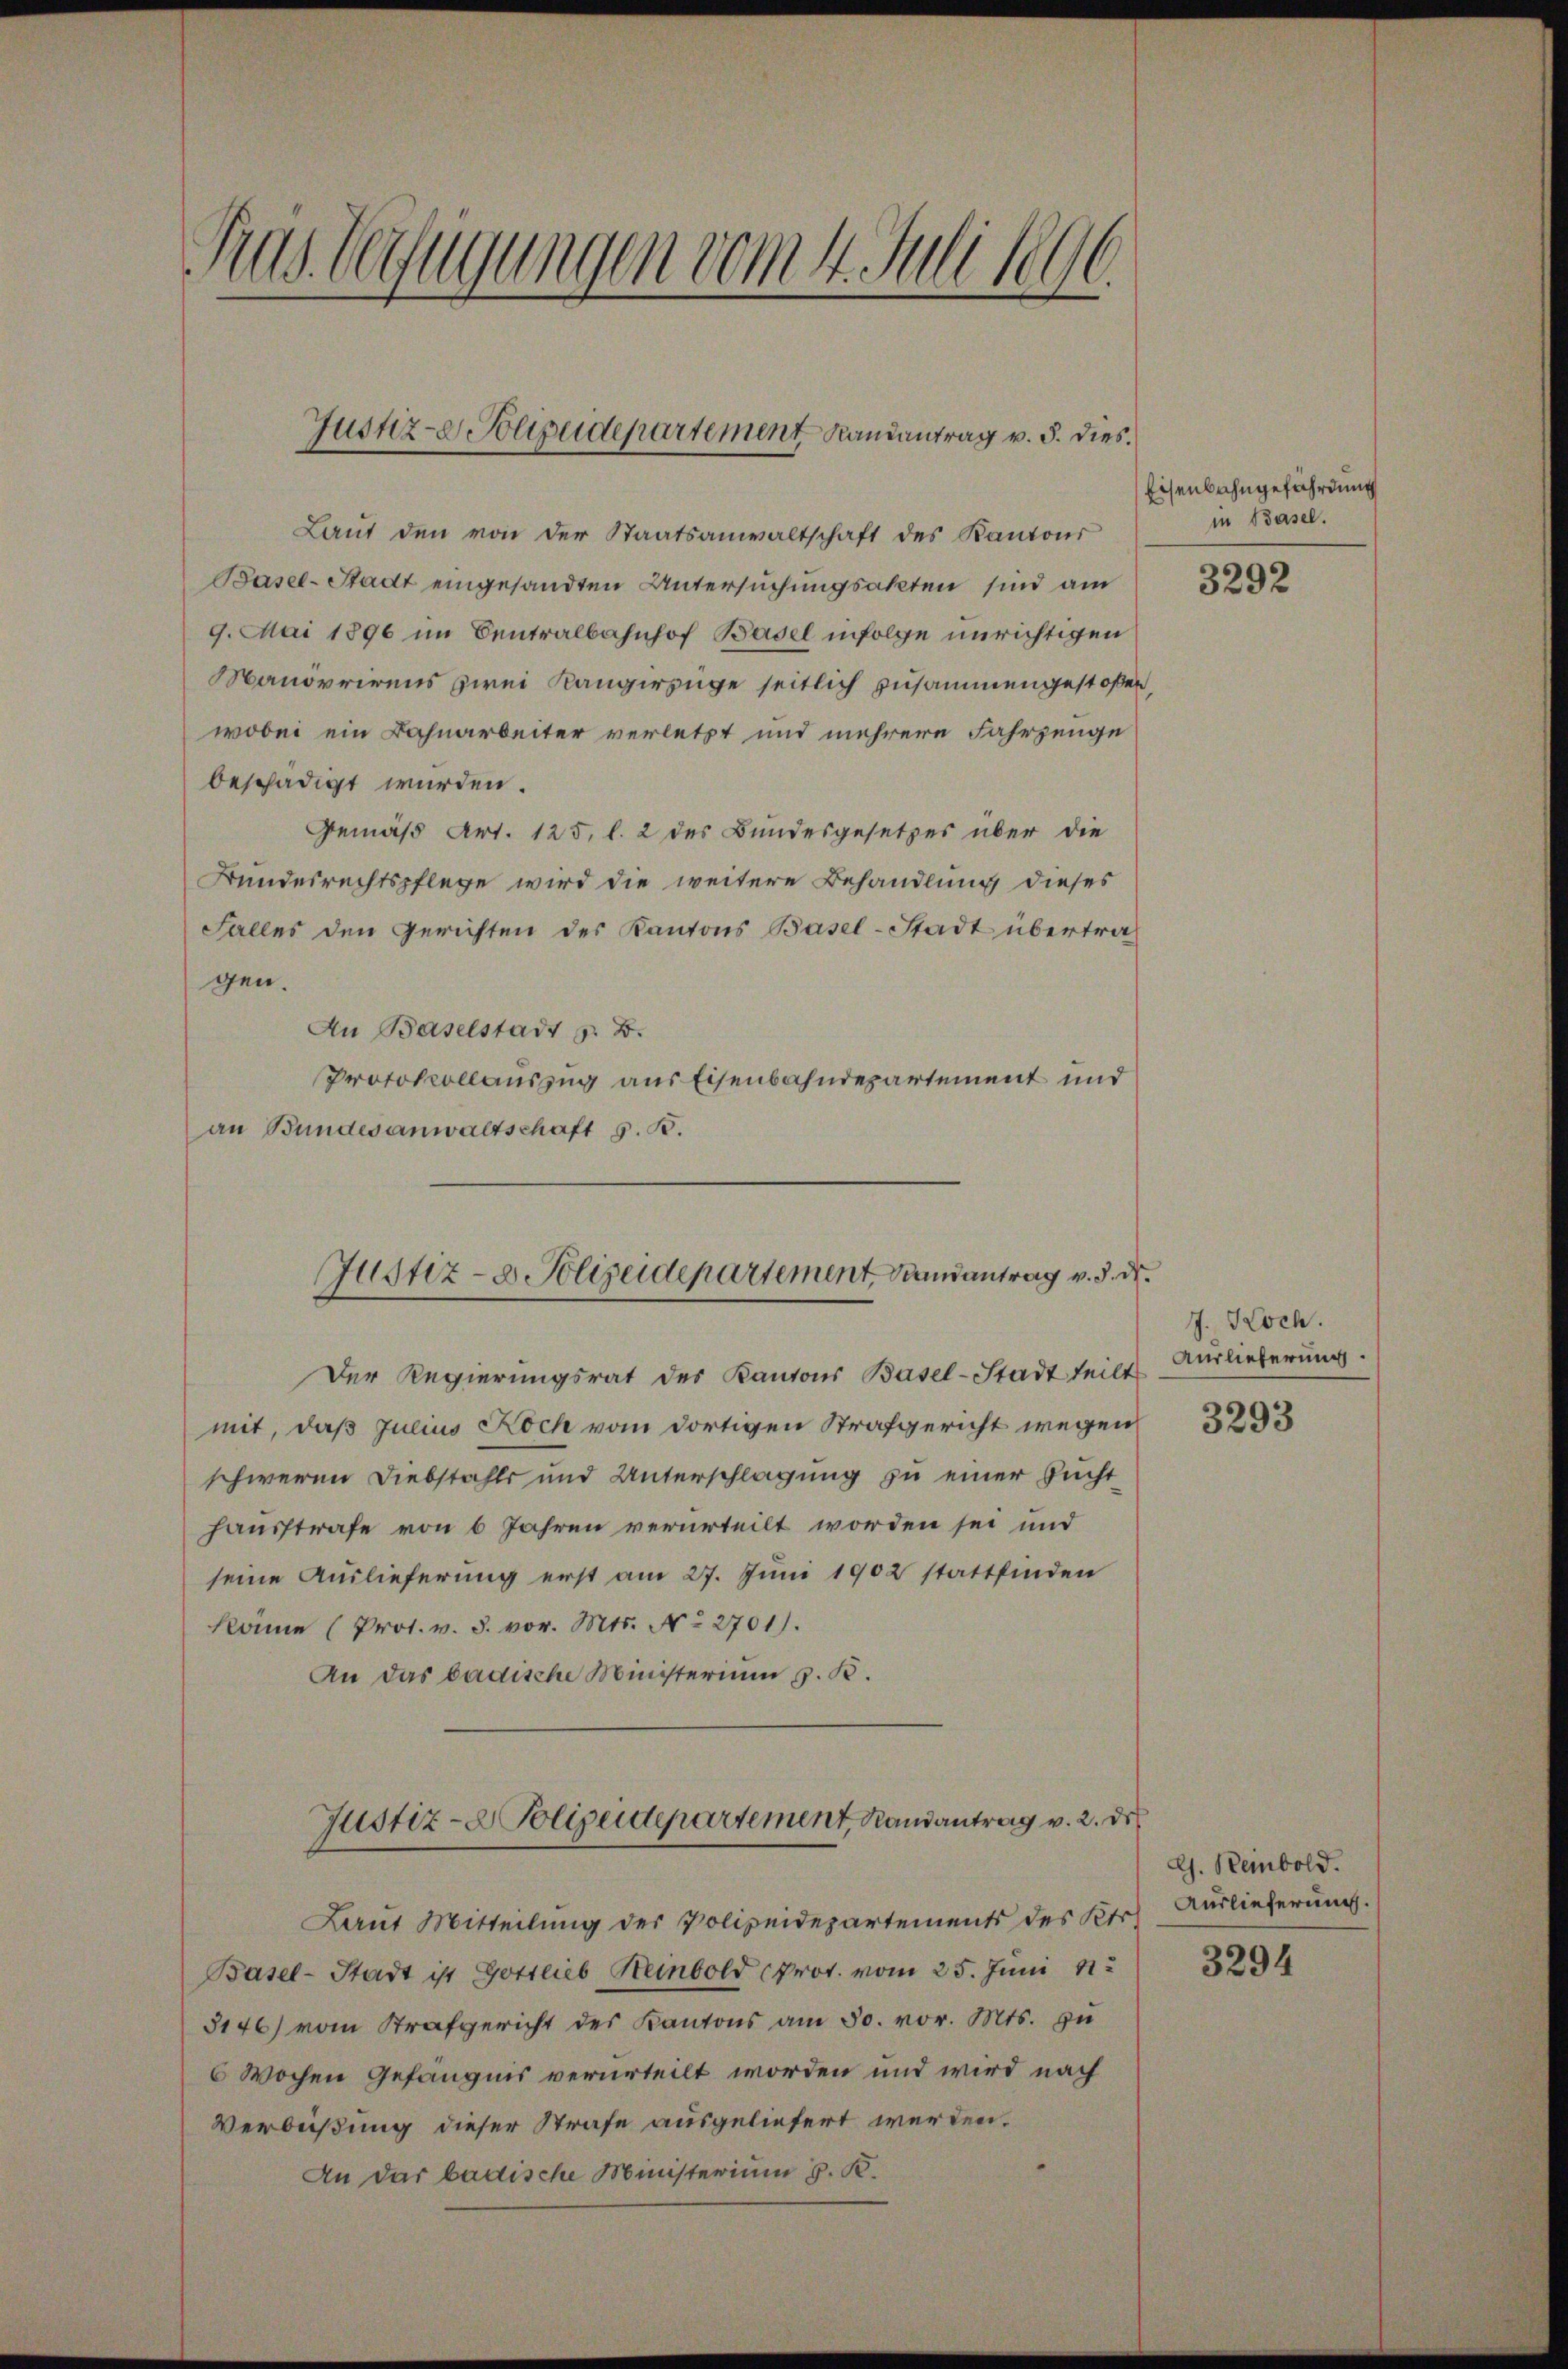
Fras. Verfügungen vom 4. Juli 1896.

Justiz- Polizeidepartement Randantrag v. 5. dies

Laut den von der Staatsanwaltschaft des Kantons
Basel-Stadt eingesandten Untersuchungsakten sind am
9. Mai 1896 im Centralbahnhof Basel infolge unrichtigen
Manorrirens zwei Kängerzüge seitlich zusammengestoßen
wobei ein Bahnarbeiter verletzt und mehrere Fahrzeuge
beschädigt wurden.
Gemäß Art. 125, l. 2 des Bundesgesetzes über die
Bundesrechtspflege wird die weitere Behandlung dieses
Falles den Gerichten des Kantons Basel-Stadt übertra
gen.
An Baselstadt z. B.
Protokollauszug aus Eisenbahndepartement und
an Bundesanwaltschaft 5. B.
Der Regierungsrat des Kantons Basel-Stadt teilt
mit, daß Julius Koch vom dortigen Strafgericht wegen
schweren Diebstahls und Unterschlagung zu einer Fuchthausstrafe von 6 Jahren verurteilt worden sei und
seine Auslieferung erst am 27. Juni 1902 stattfinden
könne (Prot. v. 3. vor. Mts. No 2701).
An das badische Ministerium z. B.
Justiz- & Polizeidepartement, Randantrag v. 2. de
Laut Mitteilung der Polizeidepartements des Kts.
Basel-Stadt ist Gottlieb Heinbold prot. vom 25. Juni 1
5146) vom Strafgericht des Kantons am 30. vor. Mts. zu
6 Wochen Gefängnis verurteilt worden und wird nach
Verbüßung dieser Strafe ausgeliefert werden.
An das badische Ministerium 3. K.

Justiz- & Polizeidepartement Brandantrag v. 3. d.

Eisenbahngefährdung
in Basel.

3292

J. Koch.
Auslieferung.

3293

lh. Reinbold.
Auslieferung.

3294